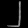
Digit: ၂